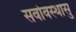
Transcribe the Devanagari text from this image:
सर्वावस्थासु